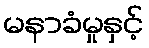
မနာခံမှုနှင့်